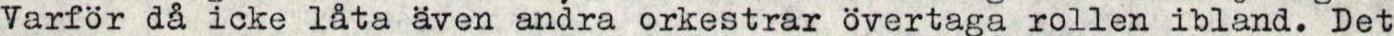
Varför då icke låta även andra orkestrar övertaga rollen ibland. Det